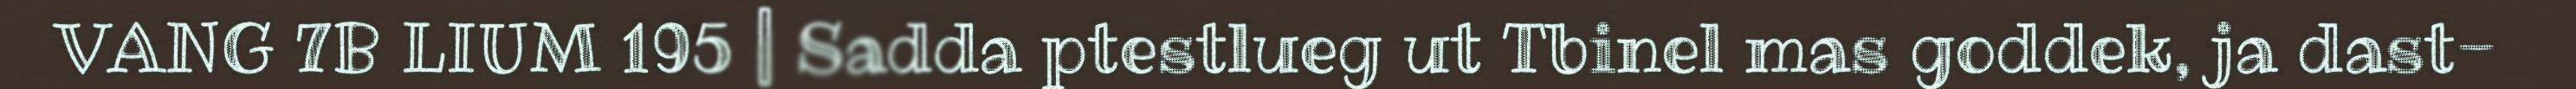
VANG 7B LIUM 195 | Sadda ptestlueg ut Tbinel mas goddek, ja dast-